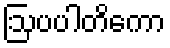
ဩပပါတိကော